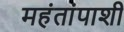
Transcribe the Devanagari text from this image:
महंतांपाशी